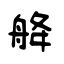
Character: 舽